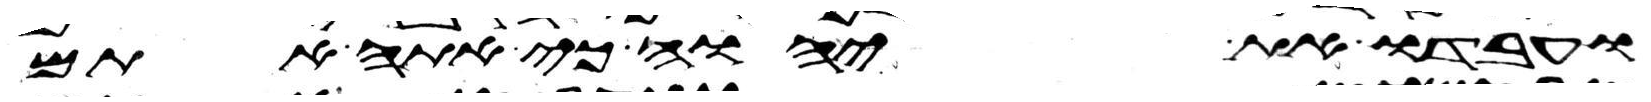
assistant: ועבדו את יהוה כי אתה אתם